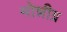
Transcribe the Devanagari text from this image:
मोन्नीग्र